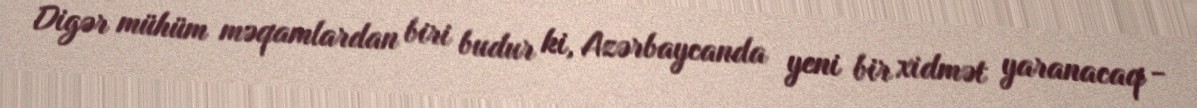
Digər mühüm məqamlardan biri budur ki, Azərbaycanda yeni bir xidmət yaranacaq -